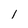
Character: l